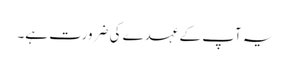
یہ آپ کے عہدے کی ضرورت ہے۔